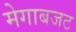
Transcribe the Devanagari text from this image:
मेगाबजट